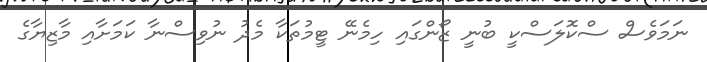
ނަމަވެސް ސްކޮލަސްކީ ބުނީ ޒޯންގައި ހިމެނޭ ޓީމުތަކާ މެދު ނުވިސްނާ ކަމަށާއި މާޒިޔާގެ